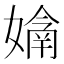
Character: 𭒙